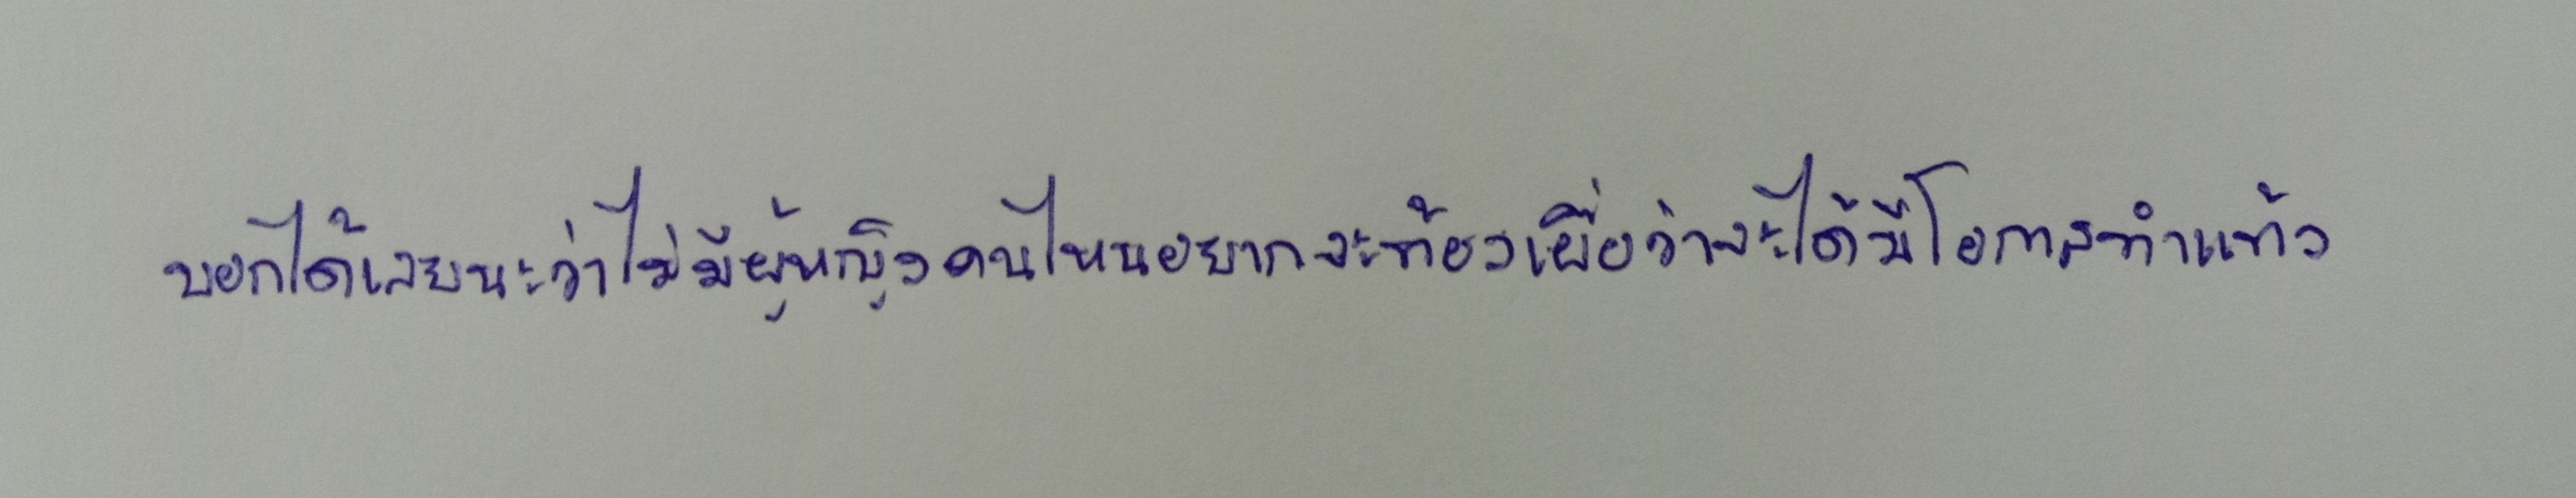
บอกได้เลยนะว่าไม่มีผู้หญิงคนไหนอยากจะท้องเผื่อว่าจะได้มีโอกาสทำแท้ง